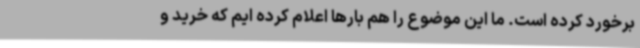
برخورد کرده است. ما این موضوع را هم بارها اعلام کرده ایم که خرید و